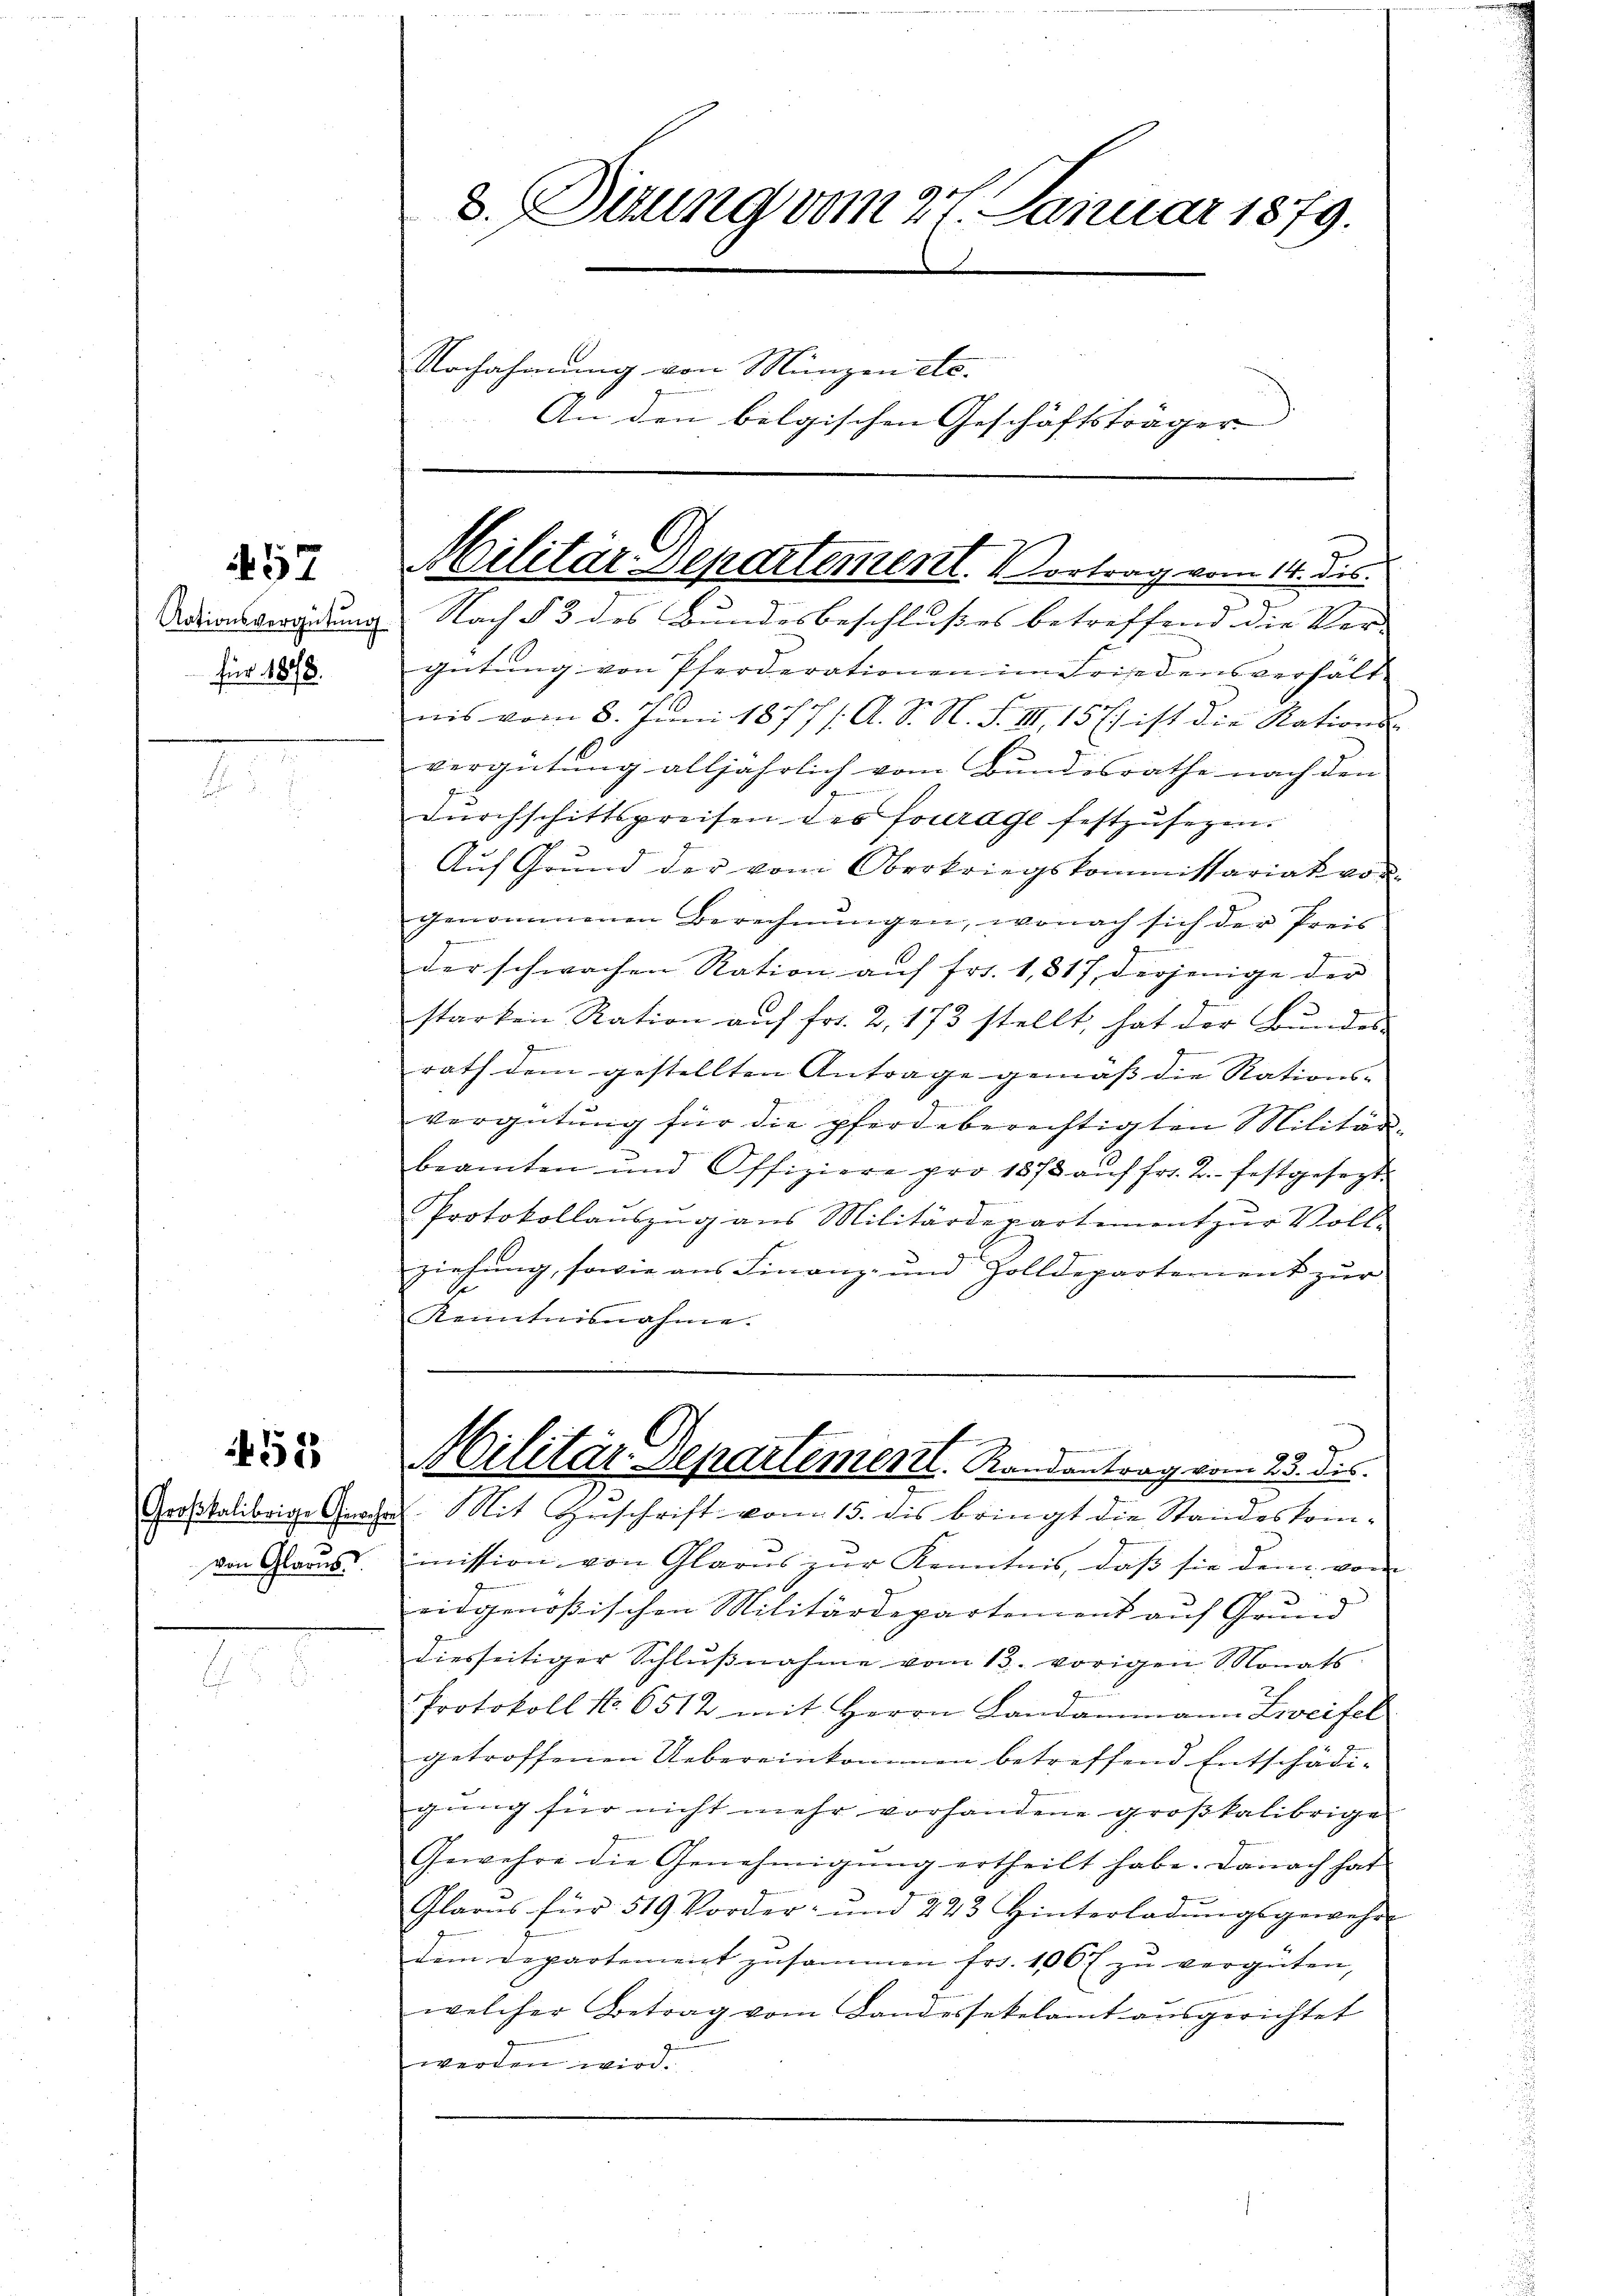
457

für 1878.

452

Großkalibrige Graz
von Glarus.

8. Stung vom 27. Januar 1879.
Nachahmung von Münzen etc.
An den belgischen Geschäftsträger |

Militär Departement. Vortrag vom 14. ds.

Nationsveredung Nach § 3 des Bundesbeschlußes betreffend die Ver-
gütung von Pferderationen im Friedensverhält
nis vom 8. Juni 1877/. A. S. N. F. III 157 ist die Nations
vergütung alljährlich vom Bundesrathe nach den
Durchschittspreisen des Fourage festzusegen.
Auf Grŭnd der vom Oberkriegskommissariat vor
genommenen Berechnŭngen, wonach sich der Preis
der schwachen Ration aŭf frs. 1,817, derjenige der
starken Ration auf fr. 2, 173 stellt, hat der Bundes-
rath dem gestellten Antrage gemäß die Rations-
vergütung für die pferdeberechtigten Militärbeamten und Offiziere pro 1873 aŭf fr. 2. festgesezt
Protokollauszug aus Militärdepartement zur Vollziehung, sowie aus Finanz- und Zolldepartement zur
Kenntnisnahme.
.
gemeiner
99
Militär-Departementl. Randantrag vom 13. dis
I. Mit Zuschrift vom 15. dis bringt die Standeskom-
mission von Glarus zur Kenntnis, daß sie dem von
eidgenößischen Militärdepartement auf Grund
diesseitiger Schlŭβnahme vom 13. vorigen Monats
Protokoll No 6512 mit Herrn Landammann Leifel
getroffenen Uebereinkommen betreffend Entschädigung für nicht mehr vorhandene großkalibrige
Gewehre die Genehmigung ertheilt habe. Danach hat
Glarus für 519 Vorder- und 223 Hinterladŭngsgeweser
dem Departement zusammen fr. 100 fl zu vergüten,
welcher Betrag vom Landessekelamt aŭsgerichtet
werden wird.